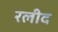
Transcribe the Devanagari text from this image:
रलीद